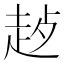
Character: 𬦊